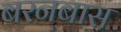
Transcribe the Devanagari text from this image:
बरनबास